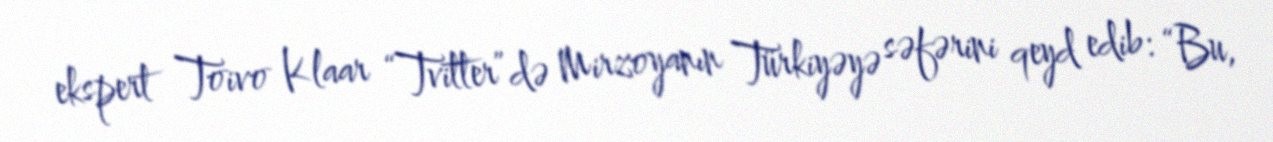
ekspert Toivo Klaar “Tvitter”də Mirzoyanın Türkiyəyə səfərini qeyd edib: “Bu,